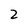
Character: 2